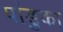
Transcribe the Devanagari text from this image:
पांडुका